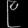
Digit: ၉